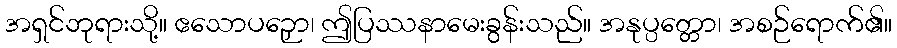
အရှင်ဘုရားသို့။ ဧသောပဉှော၊ ဤပြဿနာမေးခွန်းသည်။ အနုပ္ပတ္တော၊ အစဉ်ရောက်၏။